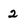
Character: 2